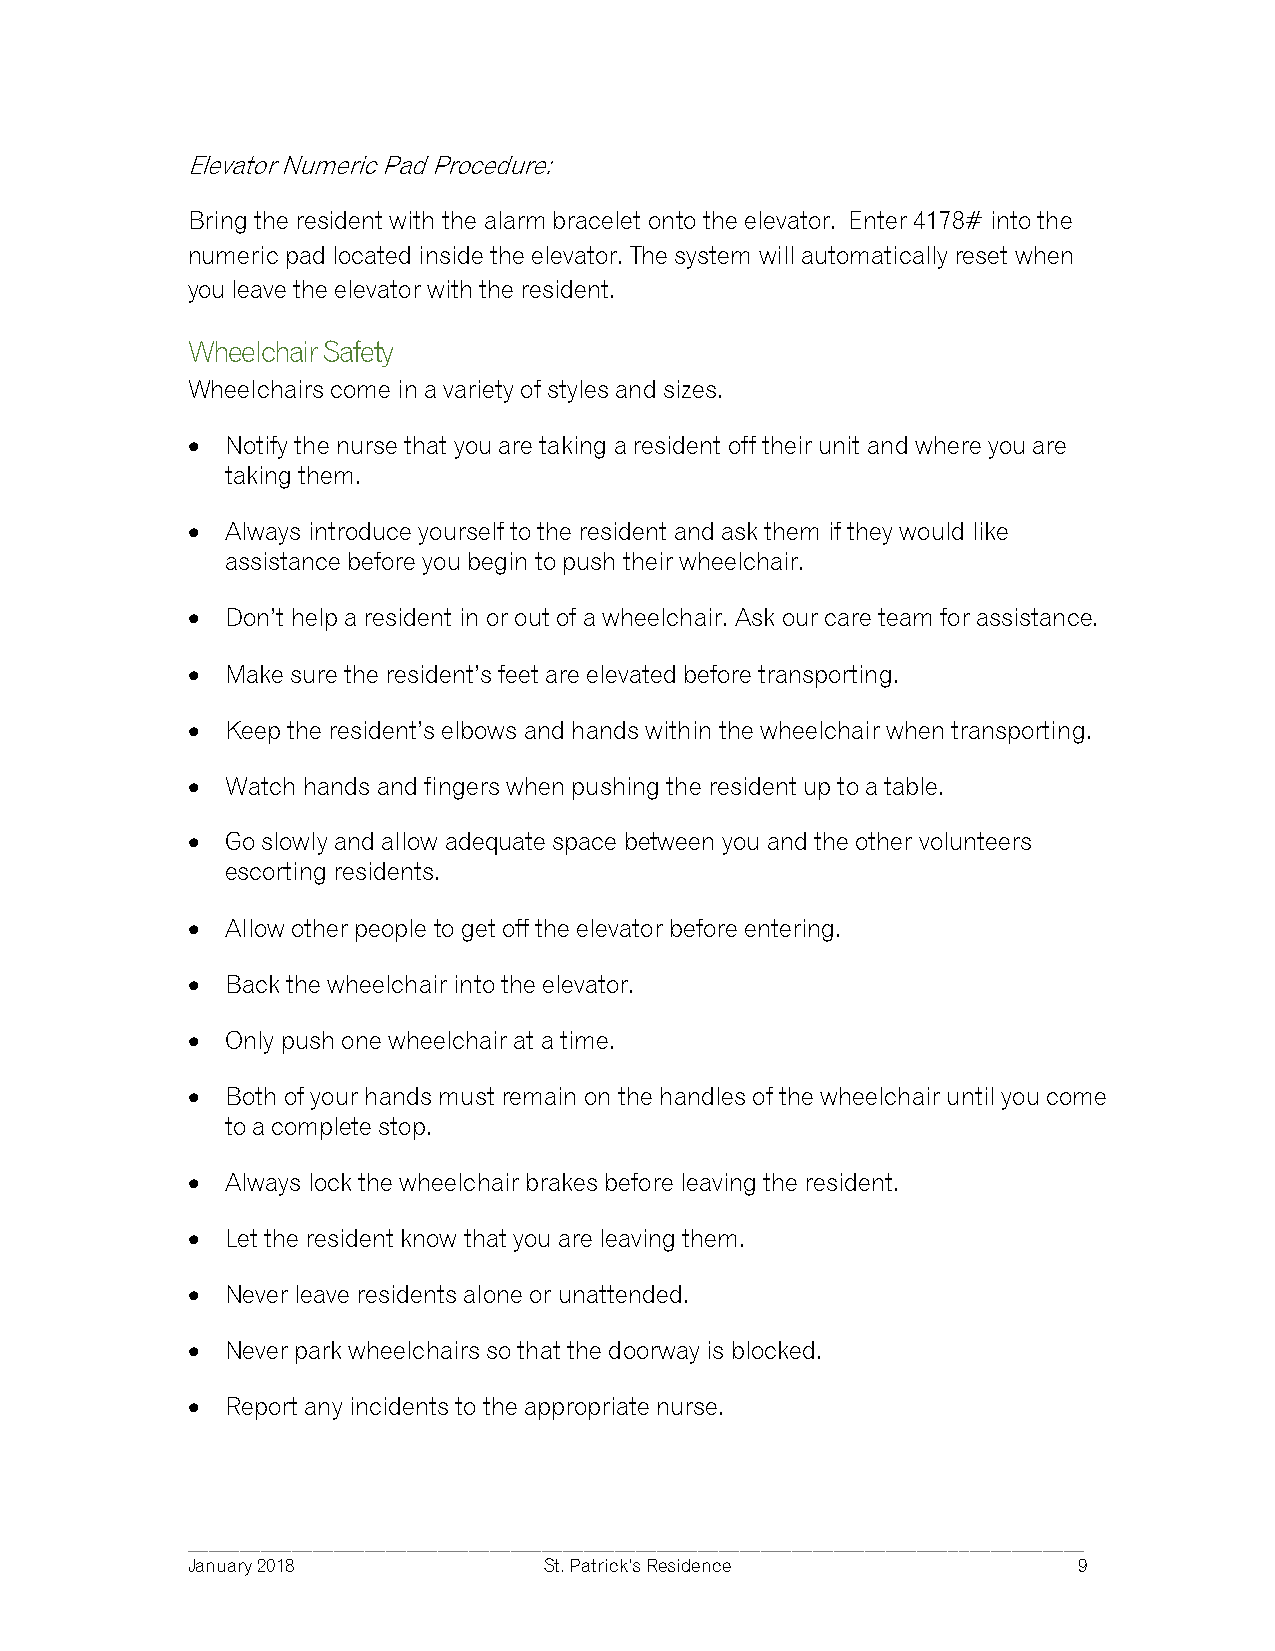
Elevator Numeric Pad Procedure:
 Bring the resident with the alarm bracelet onto the elevator. Enter 4178# into the
 numeric pad located inside the elevator. The system will automatically reset when
 you leave the elevator with the resident.
 Wheelchair Safety
 Wheelchairs come in a variety of styles and sizes.
 •  Notify the nurse that you are taking a resident off their unit and where you are
 taking them.
 •  Always introduce yourself to the resident and ask them if they would like
 assistance before you begin to push their wheelchair.
 •  Don’t help a resident in or out of a wheelchair. Ask our care team for assistance.
 •  Make sure the resident’s feet are elevated before transporting.
 •  Keep the resident’s elbows and hands within the wheelchair when transporting.
 •  Watch hands and fingers when pushing the resident up to a table.
 •  Go slowly and allow adequate space between you and the other volunteers
 escorting residents.
 •  Allow other people to get off the elevator before entering.
 •  Back the wheelchair into the elevator.
 •  Only push one wheelchair at a time.
 •  Both of your hands must remain on the handles of the wheelchair until you come
 to a complete stop.
 •  Always lock the wheelchair brakes before leaving the resident.
 •  Let the resident know that you are leaving them.
 •  Never leave residents alone or unattended.
 •  Never park wheelchairs so that the doorway is blocked.
 •  Report any incidents to the appropriate nurse.
 ______________________________________________________________________________________
 January 2018            St. Patrick’s Residence            9